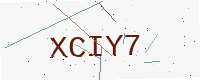
Text: XCIY7